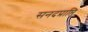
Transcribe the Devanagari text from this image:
सनदप्राप्ति